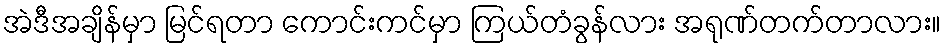
အဲဒီအချိန်မှာ မြင်ရတာ ကောင်းကင်မှာ ကြယ်တံခွန်လား အရုဏ်တက်တာလား။